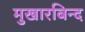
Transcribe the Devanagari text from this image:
मुखारबिन्द